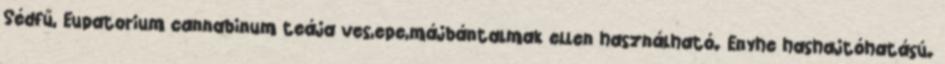
Sédfű, Eupatorium cannabinum teája ves,epe,májbántalmak ellen használható. Enyhe hashajtóhatású.